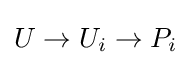
U\to U_{i}\to P_{i}